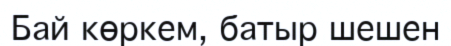
Бай көркем, батыр шешен